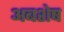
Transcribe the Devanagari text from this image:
अबशेष